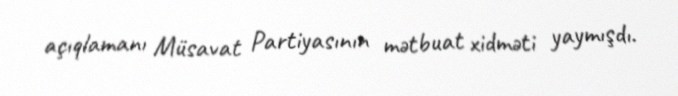
açıqlamanı Müsavat Partiyasının mətbuat xidməti yaymışdı.